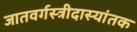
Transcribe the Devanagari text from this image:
जातवर्गस्त्रीदास्यांतक